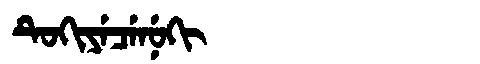
Manchu: ᡨᡠᡴᡳᠶᡝᠴᡝᠨᡠᡴᡳ
Romanization: TUKIYECENUKI